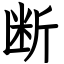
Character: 断